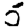
Digit: 5